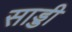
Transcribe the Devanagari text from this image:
साड्डी